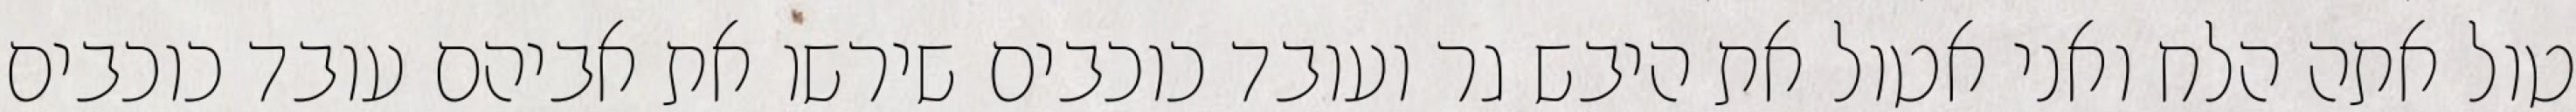
טול אתה הלח ואני אטול את היבש גר ועובד כוכבים שירשו את אביהם עובד כוכבים